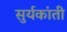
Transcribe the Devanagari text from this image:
सुर्यकांती